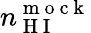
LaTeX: n_{\mathrm{~H~I~}}^{\mathrm{~m~o~c~k~}}